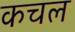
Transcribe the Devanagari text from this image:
कचल